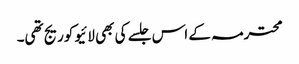
محترمہ کے اس جلسے کی بھی لائیو کوریج تھی۔